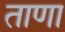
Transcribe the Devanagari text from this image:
ताणा